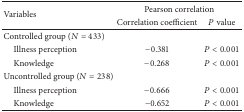
<table><thead><tr><td rowspan="2"><b>Variables</b></td><td colspan="2"><b>Pearson correlation</b></td></tr><tr><td><b>Correlation coefficient </b></td><td><b><i>P</i> value</b></td></tr></thead><tbody><tr><td>Controlled group (<i>N</i> = 433)</td><td> </td><td> </td></tr><tr><td> Illness perception</td><td>−0.381</td><td><i>P</i> &lt; 0.001</td></tr><tr><td> Knowledge</td><td>−0.268</td><td><i>P</i> &lt; 0.001</td></tr><tr><td>Uncontrolled group (<i>N</i> = 238)</td><td> </td><td> </td></tr><tr><td> Illness perception</td><td>−0.666</td><td><i>P</i> &lt; 0.001</td></tr><tr><td> Knowledge</td><td>−0.652</td><td><i>P</i> &lt; 0.001</td></tr></tbody></table>